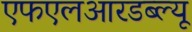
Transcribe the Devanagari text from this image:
एफएलआरडब्ल्यू